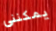
يمكنني